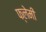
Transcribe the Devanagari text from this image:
फ्लेमी